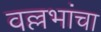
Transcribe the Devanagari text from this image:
वल्लभांचा